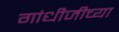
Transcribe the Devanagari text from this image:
गांधीजीच्या